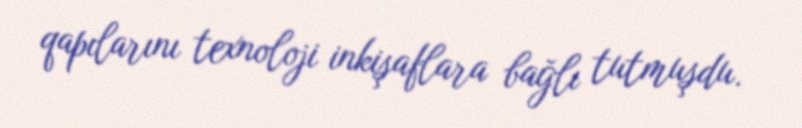
qapılarını texnoloji inkişaflara bağlı tutmuşdu.